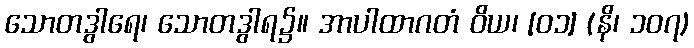
သောတဒွါရေ၊ သောတဒွါရ၌။ အာပါထာဂတံ ဝိယ၊ [၀၁] (နိ၊ ၁၀၇)